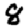
Digit: 8